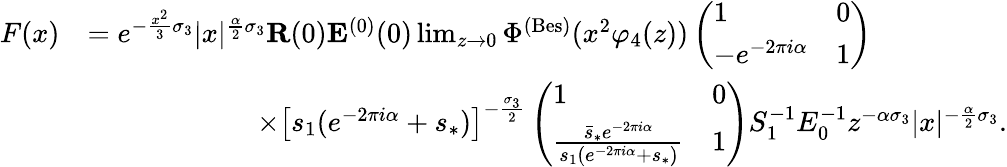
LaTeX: \begin{array}{rl}{F(x)}&{=e^{-\frac{x^{2}}{3}\sigma_{3}}|x|^{\frac{\alpha}{2}\sigma_{3}}\mathbf{R}(0)\mathbf{E}^{(0)}(0)\operatorname*{lim}_{z\to 0}\Phi^{(\mathrm{Bes})}(x^{2}\varphi_{4}(z))\left(\begin{array}{ll}{1}&{0}\\ {-e^{-2\pi i\alpha}}&{1}\end{array}\right)}\\ &{\qquad\qquad\qquad\times\left[s_{1}(e^{-2\pi i\alpha}+s_{*})\right]^{-\frac{\sigma_{3}}{2}}\left(\begin{array}{ll}{1}&{0}\\ {\frac{\bar{s}_{*}e^{-2\pi i\alpha}}{s_{1}(e^{-2\pi i\alpha}+s_{*})}}&{1}\end{array}\right)S_{1}^{-1}E_{0}^{-1}z^{-\alpha\sigma_{3}}|x|^{-\frac{\alpha}{2}\sigma_{3}}.}\end{array}